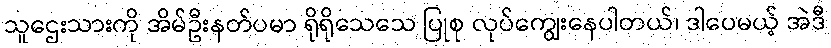
သူဌေးသားကို အိမ်ဦးနတ်ပမာ ရိုရိုသေသေ ပြုစု လုပ်ကျွေးနေပါတယ်၊ ဒါပေမယ့် အဲဒီ